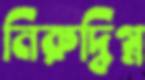
নিরুদ্বিগ্ন